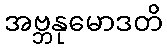
အဗ္ဘနုမောဒတိ